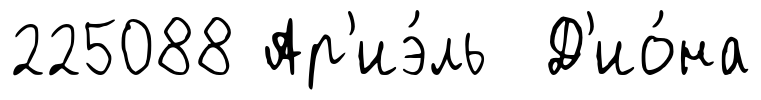
225088 Ар'иэ́ль Д'ио́на